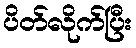
ပိတ်လိုက်ပြီး